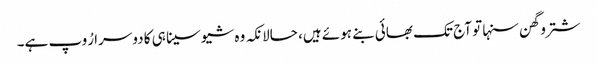
شتروگھن سنہا تو آج تک بھائی بنے ہوئے ہیں، حالانکہ وہ شیوسینا ہی کا دوسرا رُوپ ہے۔